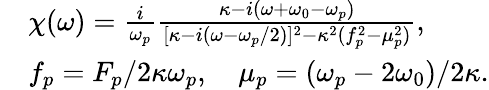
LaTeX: \begin{array}{rl}&{\chi(\omega)=\frac{i}{\omega_{p}}\frac{\kappa-i(\omega+\omega_{0}-\omega_{p})}{[\kappa-i(\omega-\omega_{p}/2)]^{2}-\kappa^{2}(f_{p}^{2}-\mu_{p}^{2})},}\\ &{f_{p}=F_{p}/2\kappa\omega_{p},\quad\mu_{p}=(\omega_{p}-2\omega_{0})/2\kappa.}\end{array}